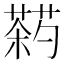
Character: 𬞠